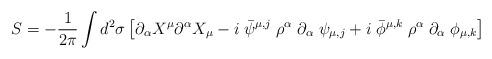
LaTeX: \begin{align*}S= -\frac{1}{2\pi}\int d^2\sigma\left [ \partial_{\alpha}X^{\mu}\partial^{\alpha}X_{\mu}-i\; \bar{\psi}^{\mu,j}\;\rho^{\alpha}\;\partial_{\alpha}\; \psi_{\mu,j}+ i\; \bar{\phi}^{\mu,k}\;\rho^{\alpha}\;\partial_{\alpha}\; \phi_{\mu,k}\right ]\end{align*}